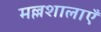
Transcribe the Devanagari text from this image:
मल्लशालाएँ